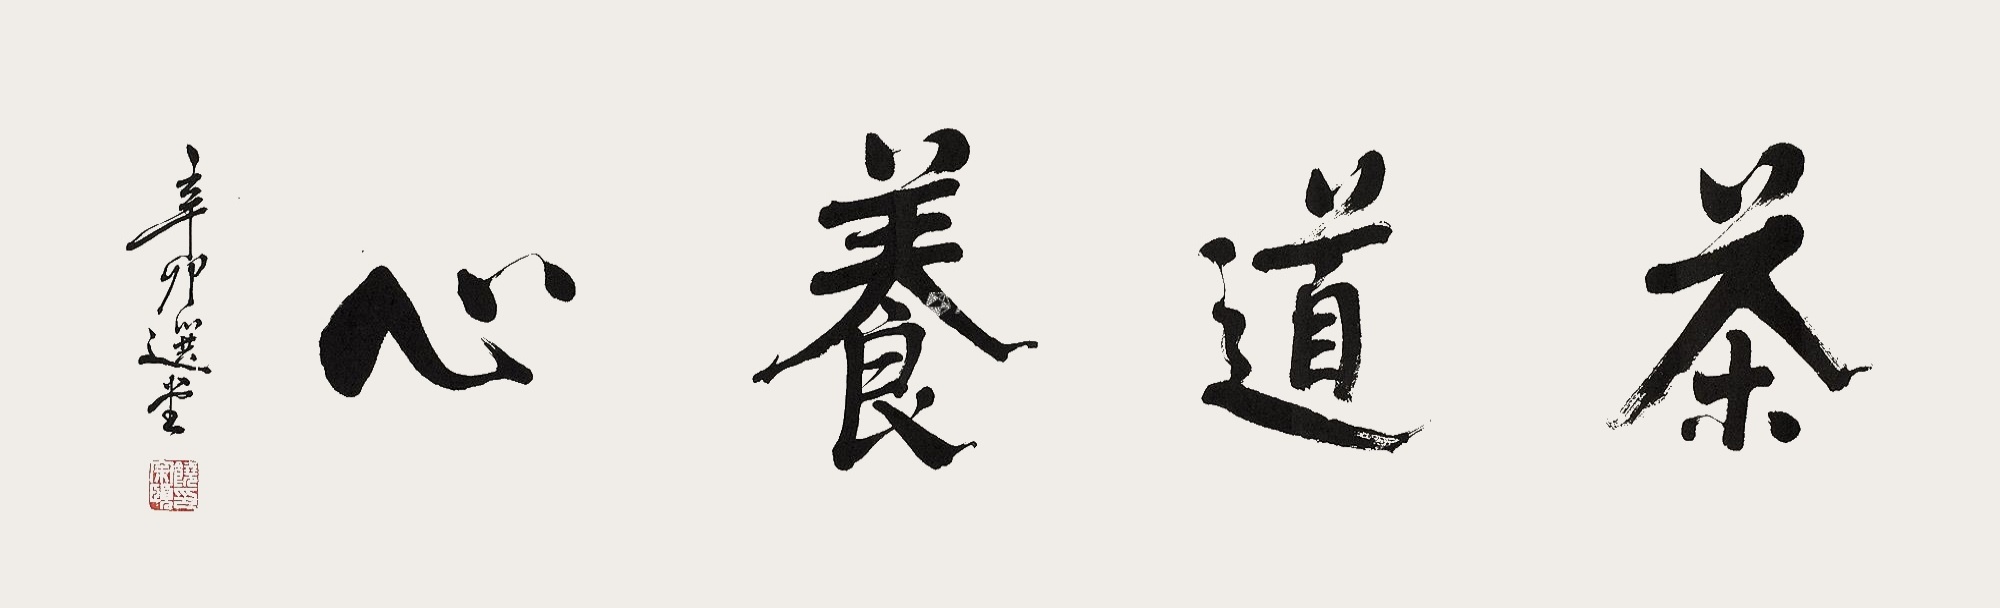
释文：茶道养心饶宗頣印